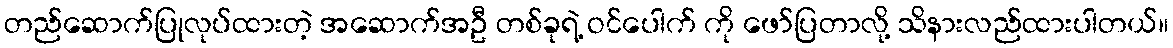
တည်ဆောက်ပြုလုပ်ထားတဲ့ အဆောက်အဦ တစ်ခုရဲ့ ဝင်ပေါက် ကို ဖော်ပြတာလို့ သိနားလည်ထားပါတယ်။